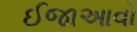
ઈજાઆવો